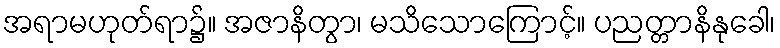
အရာမဟုတ်ရာ၌။ အဇာနိတွာ၊ မသိသောကြောင့်။ ပညတ္တာနိနုခေါ၊